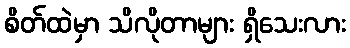
စိတ်ထဲမှာ သိလိုတာများ ရှိသေးလား